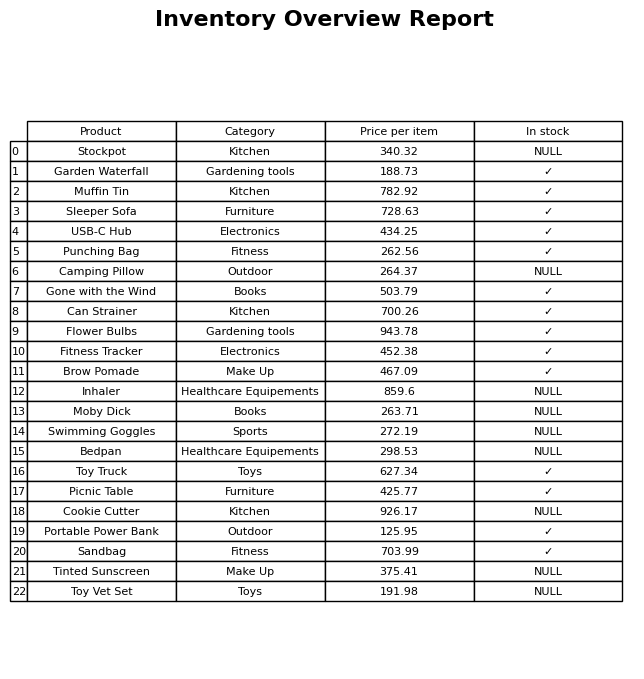
question: Which products are currently out of stock?
answer: Stockpot, Camping Pillow, Inhaler, Moby Dick, Swimming Goggles, Bedpan, Cookie Cutter, Tinted Sunscreen, Toy Vet Set